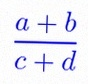
\frac{a+b}{c+d}